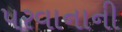
પરવાનાની